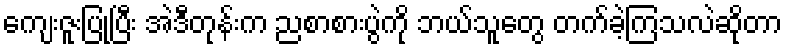
ကျေးဇူးပြုပြီး အဲဒီတုန်းက ညစာစားပွဲကို ဘယ်သူတွေ တက်ခဲ့ကြသလဲဆိုတာ